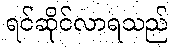
ရင်ဆိုင်လာရသည်